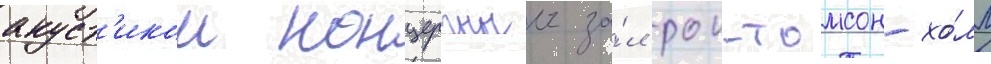
акуст'икои концертныи за́л рои-томсон-хо́лл